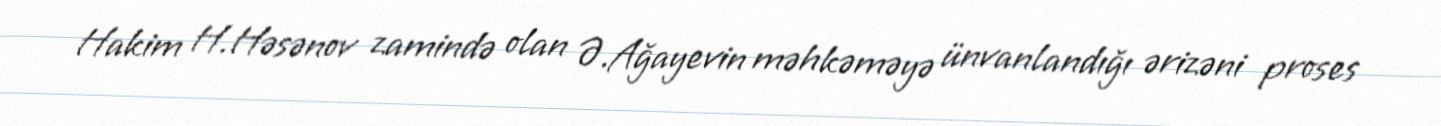
Hakim H.Həsənov zamində olan Ə.Ağayevin məhkəməyə ünvanlandığı ərizəni proses